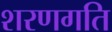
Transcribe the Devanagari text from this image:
शरणगति